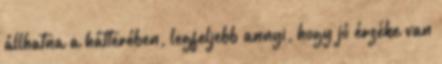
állhatna a hátterében, legfeljebb annyi, hogy jó érzéke van